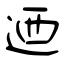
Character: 迺